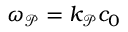
\omega _ { \mathcal { P } } = k _ { \mathcal { P } } c _ { 0 }